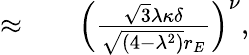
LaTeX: \begin{array}{rlr}{\approx}&{{}}&{\left(\frac{\sqrt{3}\lambda\kappa\delta}{\sqrt{(4-\lambda^{2})}r_{E}}\right)^{\nu},}\end{array}